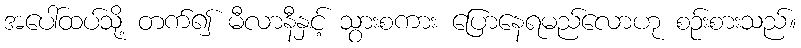
အပေါ်ထပ်သို့ တက်၍ မီလာနီနှင့် သွားစကား ပြောနေရမည်လောဟု စဉ်းစားသည်။